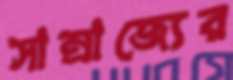
সাম্রাজ্যের